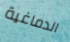
الدماغية